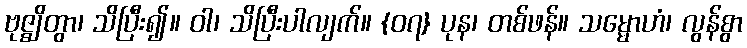
ဗုဇ္ဈိတွာ၊ သိပြီး၍။ ဝါ၊ သိပြီးပါလျက်။ {၀၇} ပုန၊ တစ်ဖန်။ သမ္မောဟံ၊ လွန်စွာ